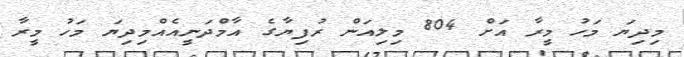
މިދިޔަ މަހު މީރާ އަށް 804 މިލިއަން ރުފިޔާގެ އާމްދަނީއެއްމިދިޔަ މަހު މީރާ